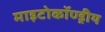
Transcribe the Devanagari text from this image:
माइटोकॉण्ड्रीय